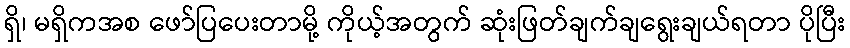
ရှိ၊ မရှိကအစ ဖော်ပြပေးတာမို့ ကိုယ့်အတွက် ဆုံးဖြတ်ချက်ချရွေးချယ်ရတာ ပိုပြီး